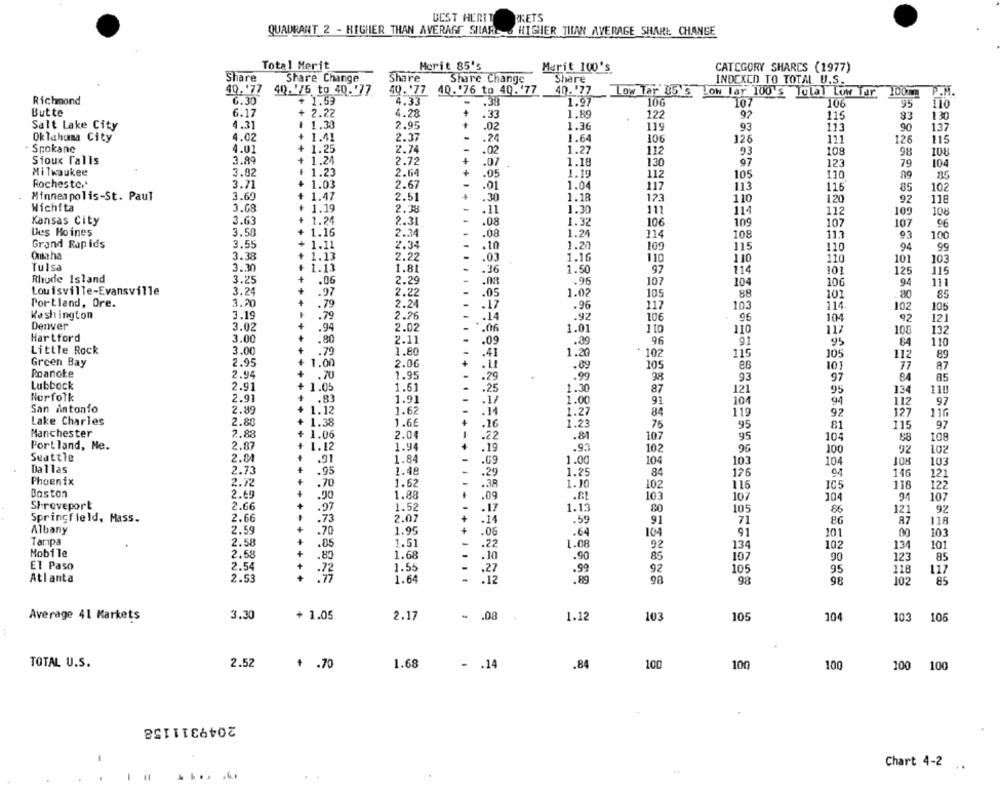
BEST HERIT
PKETS
QUADRANT 2 - HIGHER THAN AVERAAF SHAR & HIGHER TILAN AVERAGE SHARE CHANGE
Total Merit
Merit 85's
Merit 100's
CATEGORY SHARCS (1977)
Share
Share Change
Share
Share Change
Share
INDEXCO TO TOTAL U.S.
49.177
40. '76 to 40.'77
40. '77 40. '76 to 40.'77
40.177
Low Tar 35's Low lay 100's Tulal Low Tar 100mm P.M.
Richmond
6.30
+ 1.59
4.33
.38
1.97
10G
10
106
95
110
Butte
6.17
+ 2.22
4.28
+
.33
1.89
122
92
115
33
130
Salt Lake City
4.31
# 1.38
2.95
.02
1.36
119
93
113
90
137
Oklahoma City
4.02
1.41
2.37
.24
1.64
106
126
111
126
115
Spokane
4.01
+ 1.25
2.74
.02
1.27
112
93
108
+
98
Sioux falls
3.89
+
1.24
2.72
.07
1.18
130
97
123
79
104
Milwaukee
3.02
+ 1.23
2.64
.05
1.19
112
105
110
-
Rochester*
3.71
+ 1.03
2.67
.01
1.04
117
113
116
85
102
Minneapolis-St. Paul
3.69
+ 1.47
2.51
4
.30
1.18
110
120
92
118
123
Wichita
3.68
+ 1.19
2.38
.11
1.30
111
114
112
109
108
Kansas City
3.63
1.24
2.31
.08
1.32
106
109
107
06
107
Des Moines
3.50
1.16
2.34
.08
1.24
114
108
11.3
93
100
Grand Rapids
3.55
1.11
2.34
.10
1.20
109
115
94
99
110
Omaha
3.38
1.13
2.22
.03
1.16
110
110
110
101
103
Tulsa
3.30
1.13
1.81
.36
1.50
97
114
101
125
115
Rhode Island
3.25
.06
2.29
.08
.96
107
104
106
94
111
Louisville-Evansville
3.24
.97
2.22
.05
1.02
105
88
85
101
Portland, Ore.
3.20
.79
2.24
.17
.96
117
103
114
102
106
Kesh ington
3.19
.79
2.26
.14
.92
106
06
104
92
Denver
12
3.02
.94
2.02
1.06
1.01
110
110
117
108
132
Hartford
3.00
.80
2.11
.09
91
.89
96
95
84
110
Little Rock
3.00
.79
1.80
.41
1.20
102
115
105
112
89
Green Bay
2.95
1.00
2.06
105
17
.89
101
87
Roanoke
2.94
.70
1.95
.29
.99
38
93
97
84
85
Lubbock
2.91
1.05
1.61
.25
1.30
87
121
95
110
134
Horfolk
2.91
+
.83
1.91
.17
1.00
91
104
94
112
97
San antonio
2.89
1.12
1.62
.14
1.27
84
119
127
110
92
Lake Charles
2.80
1.38
1.6€
.16
1.23
76
95
81
115
97
Manchester
2.88
1.06
2.04
.22
.81
104
10
95
$8
108
Portland, Ne.
2.87
1.12
1.94
.19
.93
102
96
100
92
102
Seattle
2.04
1.84
104
.91
.69
1.00
103
104
103
Dallas
2.73
.95
1.48
.29
1.25
84
126
146
121
Phoenix
2.72
1.62
1.10
.70
.38
102
116
105
118
122
Baston
2.69
.90
1.88
.09
103
107
104
94
107
Shreveport
2.66
.97
1.13
1.52
.17
105
86
121
92
Springfield, Mass.
2.66
.
.73
2.07
.14
.59
91
71
86
87
118
Albany
2.59
+
1.95
.70
.06
.64
104
91
101
00
103
Tampa
2.58
.85
1.51
.22
1.08
92
134
102
134
10:
Mobile
2.58
+
-
.80
1.68
.10
.90
85
107
90
123
85
El Paso
2.54
+
1.55
.27
.99
92
105
95
118
117
Atlanta
+
.72
-12
2.53
1.64
98
98
98
102
85
Average 41 Markets
3.30
+ 1.05
2.17
- . 08
1.12
103
105
104
103
105
TOTAL U.S.
2.52
+ .70
1.68
- . 14
100
100
100
.84
100
100
2049311158
Chart 4-2